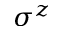
\sigma ^ { z }